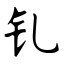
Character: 钆